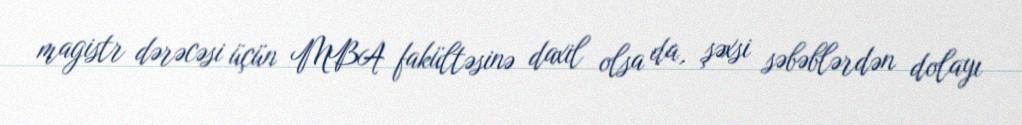
magistr dərəcəsi üçün MBA fakültəsinə daxil olsa da, şəxsi səbəblərdən dolayı